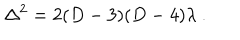
\Delta ^ { 2 } = 2 ( D - 3 ) ( D - 4 ) \lambda ~ .